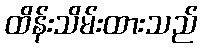
ထိန်းသိမ်းထားသည်